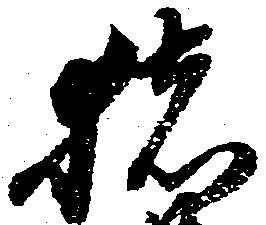
猪